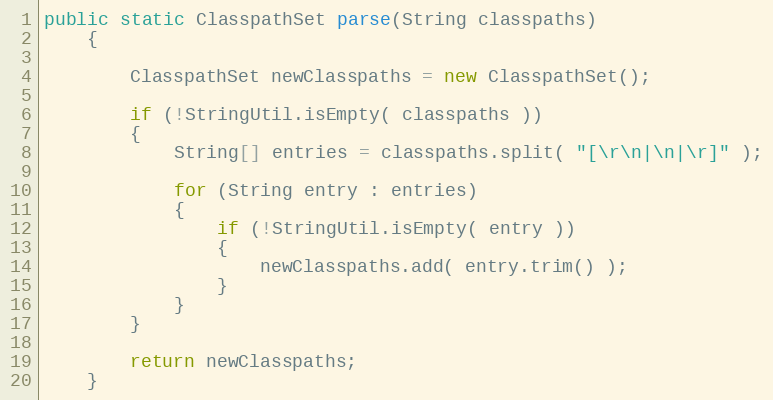
Language: Java
public static ClasspathSet parse(String classpaths)
    {

        ClasspathSet newClasspaths = new ClasspathSet();

        if (!StringUtil.isEmpty( classpaths ))
        {
            String[] entries = classpaths.split( "[\r\n|\n|\r]" );

            for (String entry : entries)
            {
                if (!StringUtil.isEmpty( entry ))
                {
                    newClasspaths.add( entry.trim() );
                }
            }
        }

        return newClasspaths;
    }